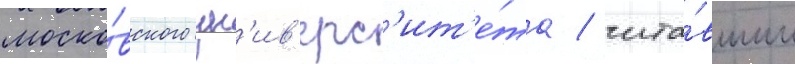
моско́вского ун'ив'ерс'ит'е́та / чита́вшим